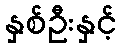
နှစ်ဦးနှင့်